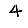
Digit: 4